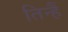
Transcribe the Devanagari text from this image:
तिन्‍हैं